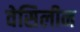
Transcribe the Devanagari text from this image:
वेसिलीन